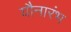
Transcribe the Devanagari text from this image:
यौनारंभ